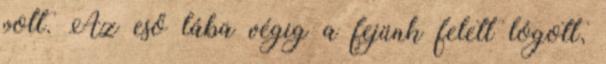
volt. Az eső lába végig a fejünk felett lógott,